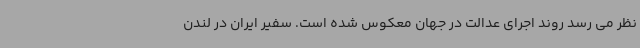
نظر می رسد روند اجرای عدالت در جهان معکوس شده است. سفیر ایران در لندن